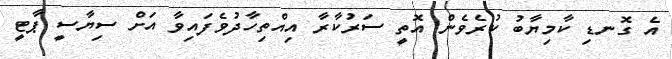
އެ ގޮނޑި ކާމިޔާބު ކުރެވެން އޮތީ ސަރުކާރާ އިއްތިހާދުވެފައިވާ އަށް ސިޔާސީ ޕާޓީ